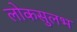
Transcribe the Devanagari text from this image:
लोकसुलभ